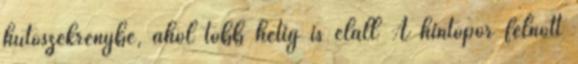
hűtőszekrénybe, ahol több hétig is eláll A hintőpor felnőtt